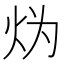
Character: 𱪯